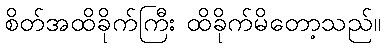
စိတ်အထိခိုက်ကြီး ထိခိုက်မိတော့သည်။